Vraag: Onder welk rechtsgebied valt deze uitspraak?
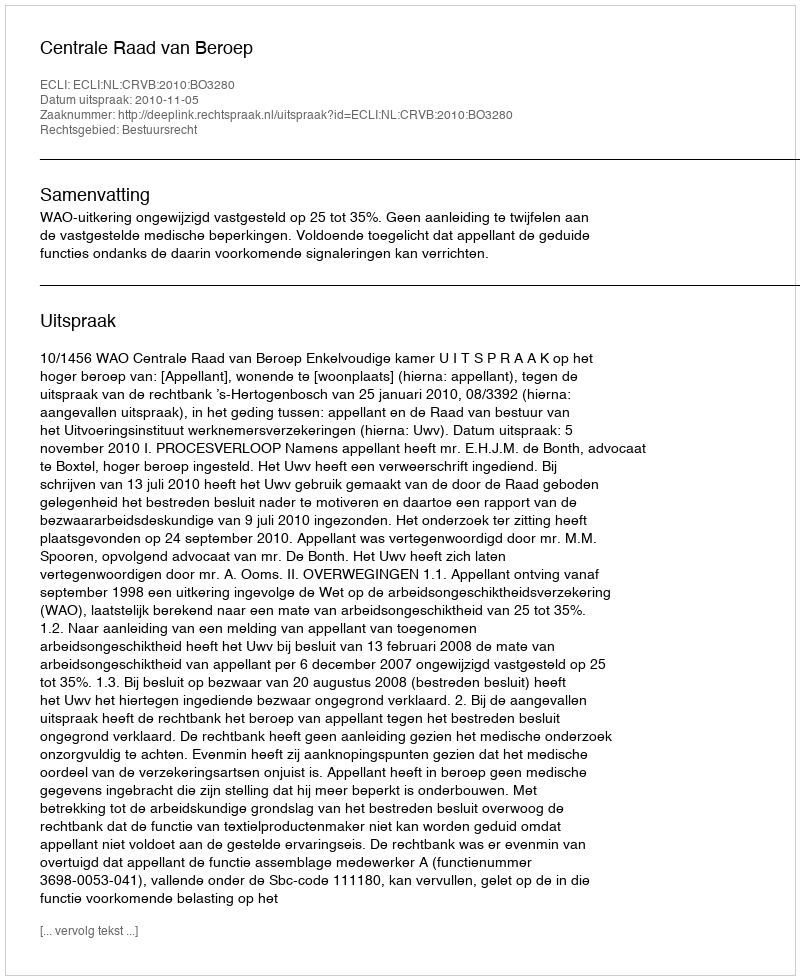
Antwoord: Bestuursrecht